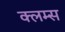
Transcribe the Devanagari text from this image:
क्लम्स